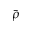
\bar { \rho }